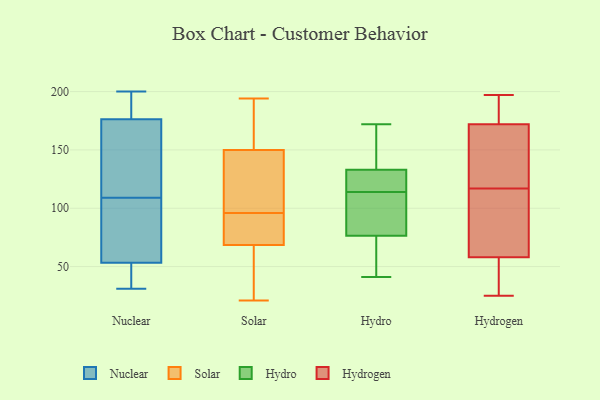
{"axis": {"x": "Tickets Resolved", "y": "Value"}, "legend": ["Hydro", "Hydrogen", "Nuclear", "Solar"], "data": [{"x": "", "y": 137, "type": "Nuclear"}, {"x": "", "y": 44, "type": "Nuclear"}, {"x": "", "y": 200, "type": "Nuclear"}, {"x": "", "y": 31, "type": "Nuclear"}, {"x": "", "y": 60, "type": "Nuclear"}, {"x": "", "y": 78, "type": "Nuclear"}, {"x": "", "y": 109, "type": "Nuclear"}, {"x": "", "y": 96, "type": "Nuclear"}, {"x": "", "y": 184, "type": "Nuclear"}, {"x": "", "y": 32, "type": "Nuclear"}, {"x": "", "y": 99, "type": "Nuclear"}, {"x": "", "y": 51, "type": "Nuclear"}, {"x": "", "y": 179, "type": "Nuclear"}, {"x": "", "y": 35, "type": "Nuclear"}, {"x": "", "y": 196, "type": "Nuclear"}, {"x": "", "y": 186, "type": "Nuclear"}, {"x": "", "y": 123, "type": "Nuclear"}, {"x": "", "y": 168, "type": "Nuclear"}, {"x": "", "y": 150, "type": "Nuclear"}, {"x": "", "y": 153, "type": "Solar"}, {"x": "", "y": 70, "type": "Solar"}, {"x": "", "y": 62, "type": "Solar"}, {"x": "", "y": 40, "type": "Solar"}, {"x": "", "y": 118, "type": "Solar"}, {"x": "", "y": 126, "type": "Solar"}, {"x": "", "y": 153, "type": "Solar"}, {"x": "", "y": 62, "type": "Solar"}, {"x": "", "y": 117, "type": "Solar"}, {"x": "", "y": 88, "type": "Solar"}, {"x": "", "y": 68, "type": "Solar"}, {"x": "", "y": 84, "type": "Solar"}, {"x": "", "y": 141, "type": "Solar"}, {"x": "", "y": 180, "type": "Solar"}, {"x": "", "y": 21, "type": "Solar"}, {"x": "", "y": 194, "type": "Solar"}, {"x": "", "y": 77, "type": "Solar"}, {"x": "", "y": 96, "type": "Solar"}, {"x": "", "y": 169, "type": "Solar"}, {"x": "", "y": 64, "type": "Hydro"}, {"x": "", "y": 114, "type": "Hydro"}, {"x": "", "y": 76, "type": "Hydro"}, {"x": "", "y": 114, "type": "Hydro"}, {"x": "", "y": 67, "type": "Hydro"}, {"x": "", "y": 162, "type": "Hydro"}, {"x": "", "y": 77, "type": "Hydro"}, {"x": "", "y": 121, "type": "Hydro"}, {"x": "", "y": 120, "type": "Hydro"}, {"x": "", "y": 119, "type": "Hydro"}, {"x": "", "y": 172, "type": "Hydro"}, {"x": "", "y": 145, "type": "Hydro"}, {"x": "", "y": 148, "type": "Hydro"}, {"x": "", "y": 79, "type": "Hydro"}, {"x": "", "y": 41, "type": "Hydro"}, {"x": "", "y": 94, "type": "Hydro"}, {"x": "", "y": 31, "type": "Hydrogen"}, {"x": "", "y": 123, "type": "Hydrogen"}, {"x": "", "y": 186, "type": "Hydrogen"}, {"x": "", "y": 197, "type": "Hydrogen"}, {"x": "", "y": 98, "type": "Hydrogen"}, {"x": "", "y": 58, "type": "Hydrogen"}, {"x": "", "y": 25, "type": "Hydrogen"}, {"x": "", "y": 111, "type": "Hydrogen"}, {"x": "", "y": 159, "type": "Hydrogen"}, {"x": "", "y": 172, "type": "Hydrogen"}]}